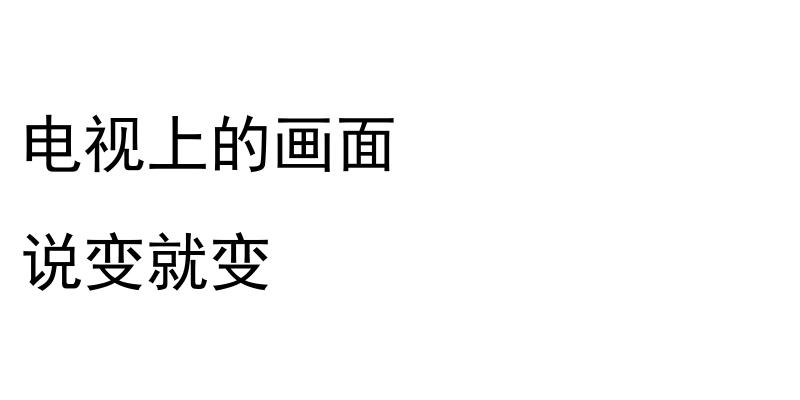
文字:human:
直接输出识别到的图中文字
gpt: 电视上的画面 说变就变